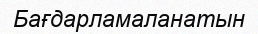
Бағдарламаланатын